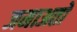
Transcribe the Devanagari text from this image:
जमाअतों